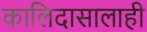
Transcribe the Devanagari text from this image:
कालिदासालाही